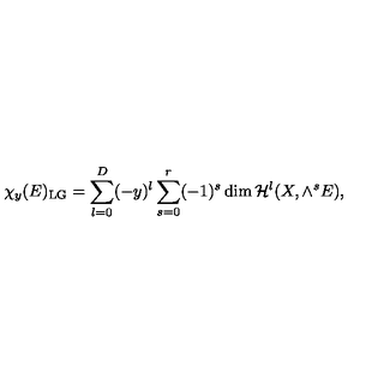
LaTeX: \chi _ { y } ( E ) _ { \mathrm { L G } } = \sum _ { l = 0 } ^ { D } ( - y ) ^ { l } \sum _ { s = 0 } ^ { r } ( - 1 ) ^ { s } \dim { \cal H } ^ { l } ( X , \wedge ^ { s } E ) ,